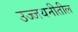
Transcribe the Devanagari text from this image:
उज्जयनीतील